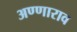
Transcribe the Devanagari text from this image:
अण्णाराव